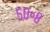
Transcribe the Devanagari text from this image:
५०॰८